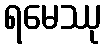
ရမေဿု